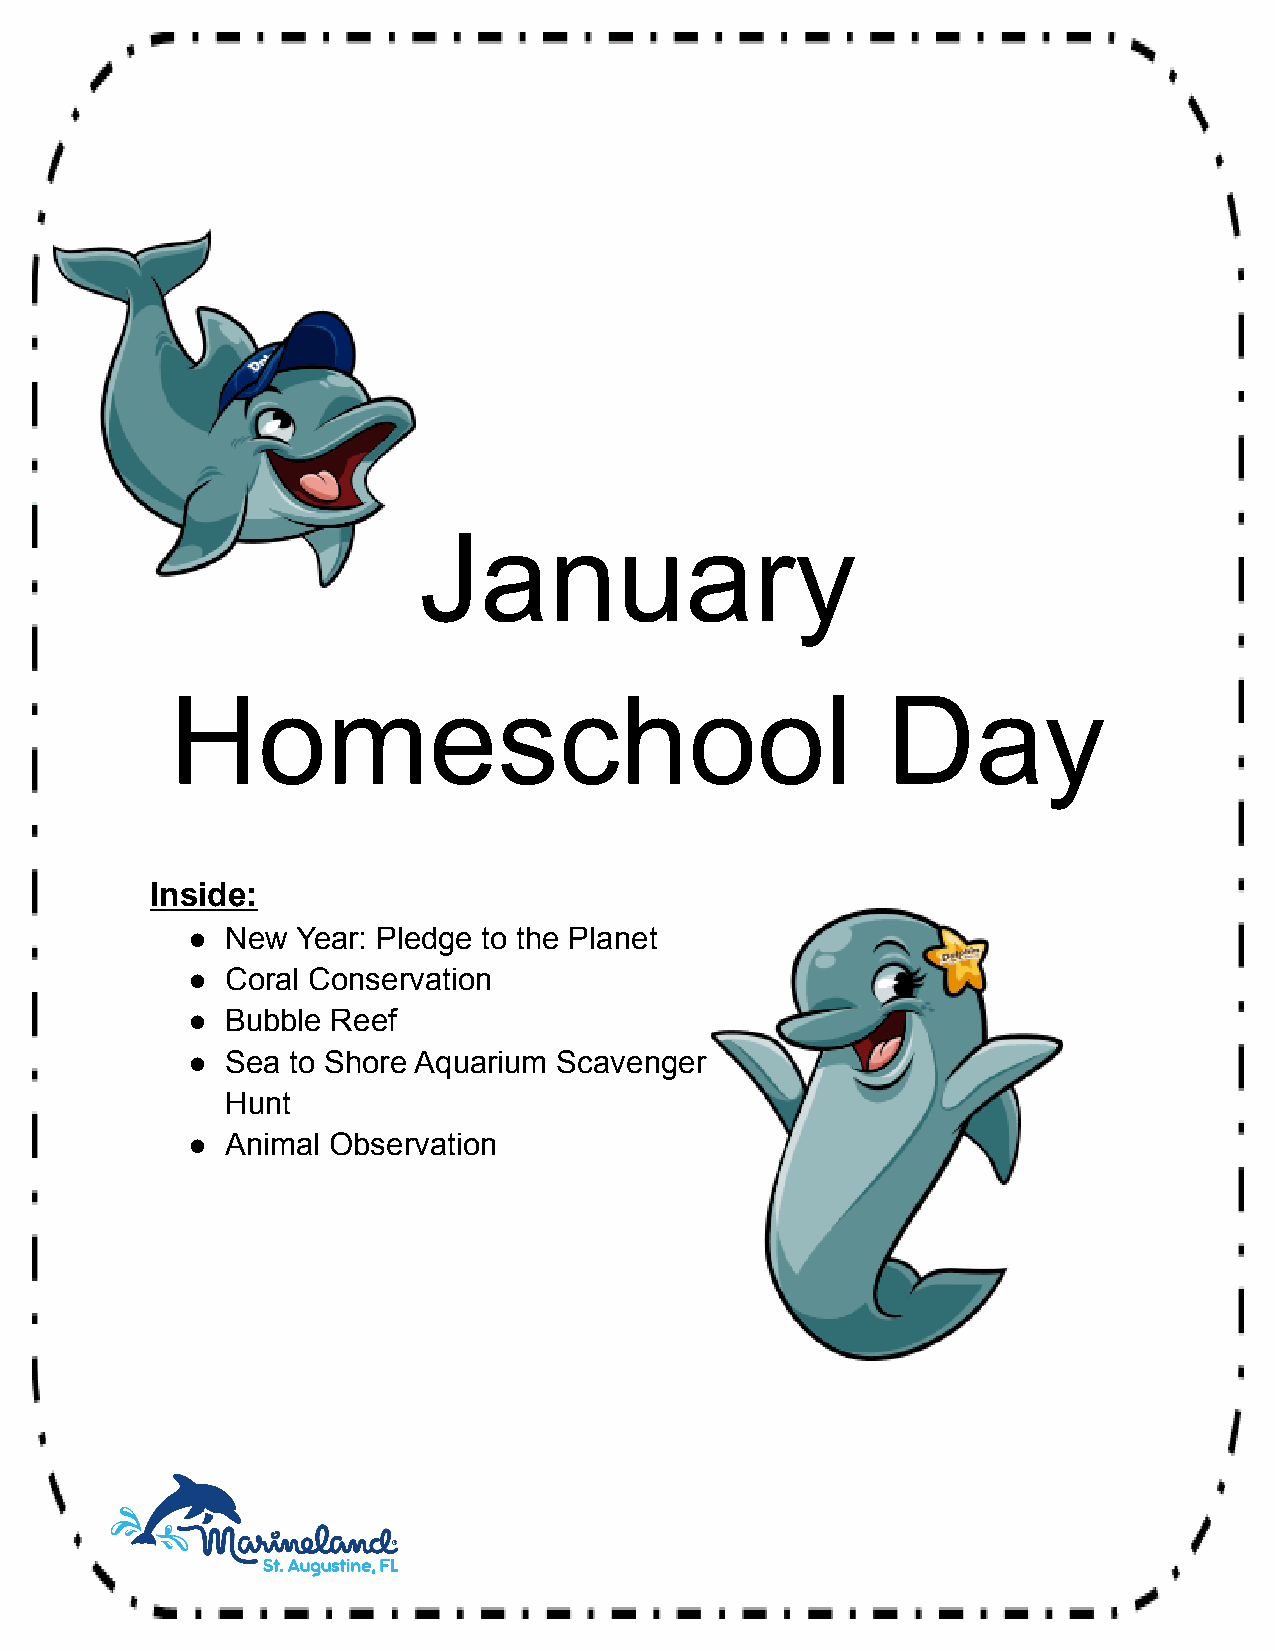
January
 Homeschool                                      Day
 Inside:
 ●  New  Year: Pledge to the Planet
 ●  Coral Conservation
 ●  Bubble Reef
 ●  Sea to Shore Aquarium Scavenger
 Hunt
 ●  Animal Observation